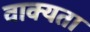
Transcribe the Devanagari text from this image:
वाक्यता